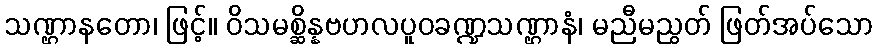
သဏ္ဌာနတော၊ ဖြင့်။ ဝိသမစ္ဆိန္နဗဟလပူဝခဏ္ဍသဏ္ဌာနံ၊ မညီမညွတ် ဖြတ်အပ်သော